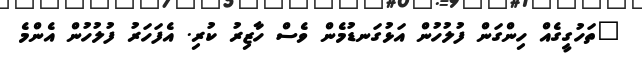
"ތަހުގީގެއް ހިންގަން ފުލުހުން އަޅުގަނޑުމެން ވެސް ހާޒިރު ކުރި. އެފަހަރު ފުލުހުން އެންމެ